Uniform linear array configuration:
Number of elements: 12
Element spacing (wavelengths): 0.75
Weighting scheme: kaiser
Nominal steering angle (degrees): -30
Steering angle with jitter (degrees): -28.617
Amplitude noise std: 0.05
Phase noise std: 0.05

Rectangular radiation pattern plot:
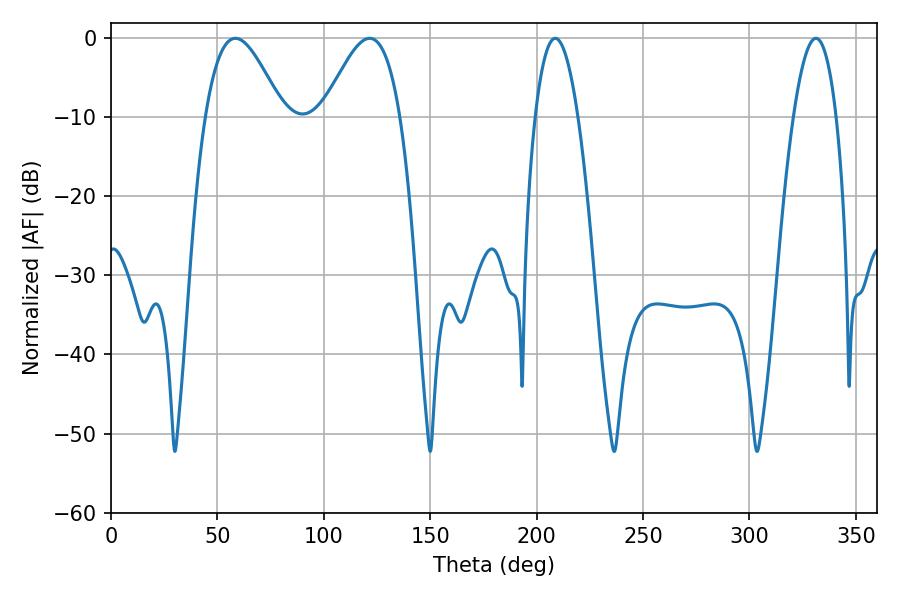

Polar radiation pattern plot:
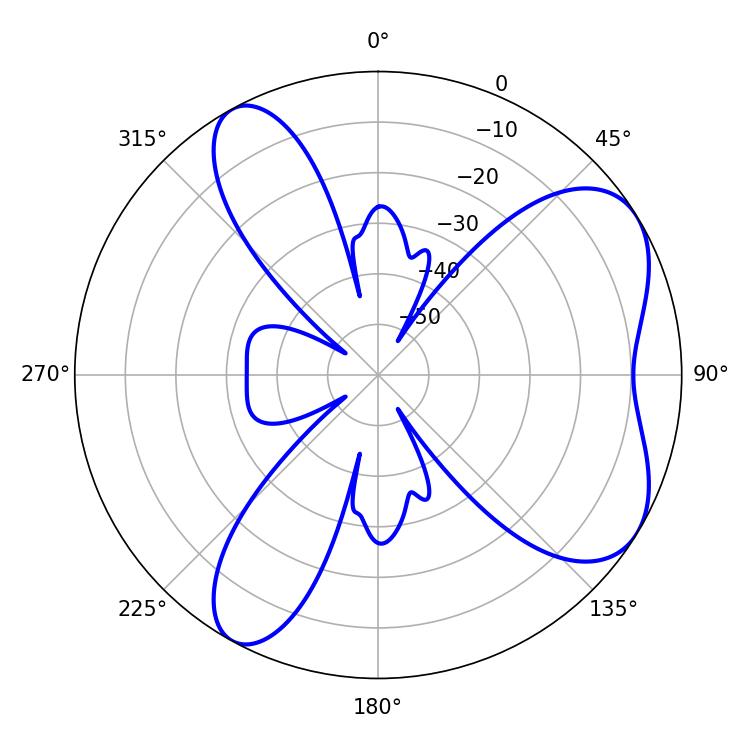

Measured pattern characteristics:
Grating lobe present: TRUE
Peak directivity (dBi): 6.285
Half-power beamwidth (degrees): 19.62
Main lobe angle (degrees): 58.5